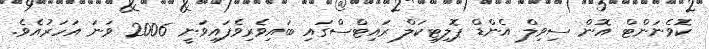
ކޮވެނަންޓް އޮން ސިވިލް އެންޑް ޕޮލިޓިކަލް ރައިޓްސްގައި ބައިވެރިވެފައިވަނީ 2006 ވަނަ އަހަރުއެވެ.